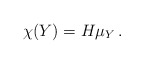
\begin{align*}\chi(Y)& = H\mu_Y\,.\end{align*}